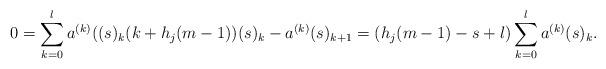
LaTeX: \begin{align*}0=\sum_{k=0}^{l}a^{(k)}((s)_k(k+h_j(m-1))(s)_k-a^{(k)}(s)_{k+1}=(h_j(m-1)-s+l)\sum_{k=0}^{l}a^{(k)}(s)_k.\end{align*}